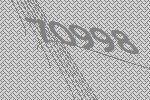
70998